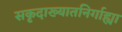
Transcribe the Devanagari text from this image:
सकृदाख्यातनिर्गाह्या